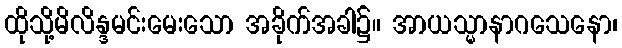
ထိုသို့မိလိန္ဒမင်းမေးသော အခိုက်အခါ၌။ အာယသ္မာနာဂသေနော၊